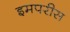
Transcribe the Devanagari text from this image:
इमपरीस